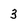
Character: 3